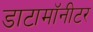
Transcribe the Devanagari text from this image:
डाटामॉनीटर